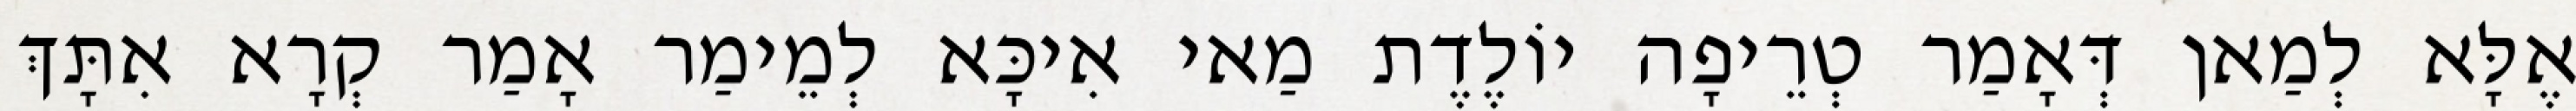
אֶלָּא לְמַאן דְּאָמַר טְרֵיפָה יוֹלֶדֶת מַאי אִיכָּא לְמֵימַר אָמַר קְרָא אִתָּךְ